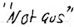
Text: "Not aus"